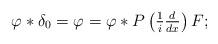
LaTeX: \begin{align*}\varphi\ast\delta_{0}=\varphi=\varphi\ast P\left(\tfrac{1}{i}\tfrac{d}{dx}\right)F;\end{align*}